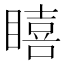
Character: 瞦